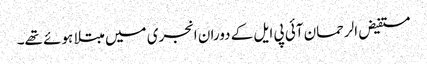
مستفیض الرحمان آئی پی ایل کے دوران انجری میں مبتلا ہوئے تھے۔